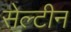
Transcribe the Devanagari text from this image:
सेल्टीन